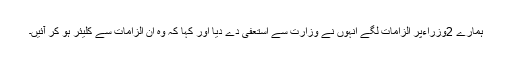
ہمارے 2وزراءپر الزامات لگے انہوں نے وزارت سے استعفیٰ دے دیا اور کہا کہ وہ ان الزامات سے کلیئر ہو کر آئیں۔